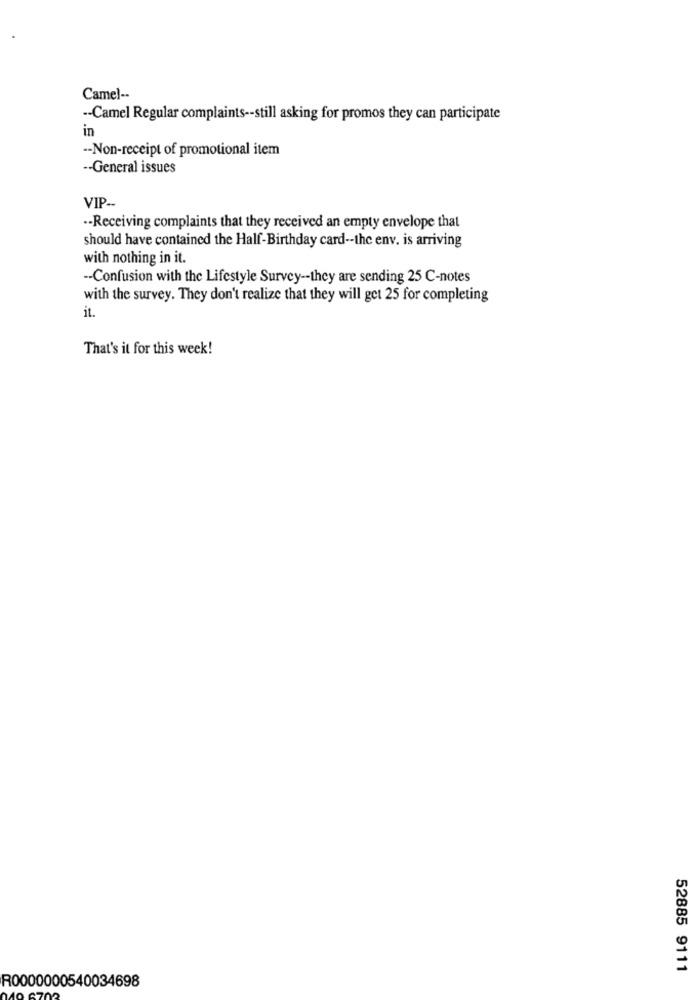
Camel --
-- Camel Regular complaints -- still asking for promos they can participate
in
-- Non-receipt of promotional item
-- General issues
VIP-
.- Receiving complaints that they received an empty envelope that
should have contained the Half-Birthday card -- the env. is arriving
with nothing in it.
-- Confusion with the Lifestyle Survey -- they are sending 25 C-notes
with the survey. They don't realize that they will get 25 for completing
it.
That's it for this week!
52885 9111
R0000000540034698